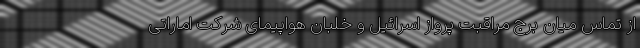
از تماس میان برج مراقبت پرواز اسرائیل و خلبان هواپیمای شرکت اماراتی